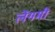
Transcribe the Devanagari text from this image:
लेंगमी